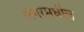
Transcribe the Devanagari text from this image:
लंगरमधील